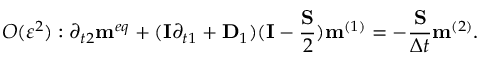
O ( { \varepsilon ^ { 2 } } ) : { \partial _ { t 2 } } { { \bf { m } } ^ { e q } } + ( { \bf { I } } { \partial _ { t 1 } } + { { \bf { D } } _ { 1 } } ) ( { \bf { I } } - \frac { { \bf { S } } } { 2 } ) { { \bf { m } } ^ { ( 1 ) } } = - \frac { { \bf { S } } } { { \Delta t } } { { \bf { m } } ^ { ( 2 ) } } .